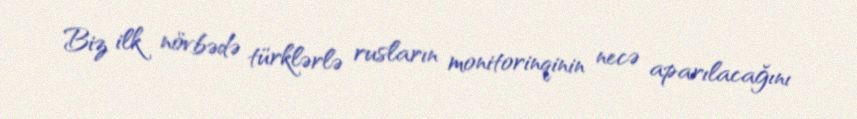
Biz ilk növbədə türklərlə rusların monitorinqinin necə aparılacağını